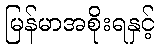
မြန်မာအစိုးရနှင့်